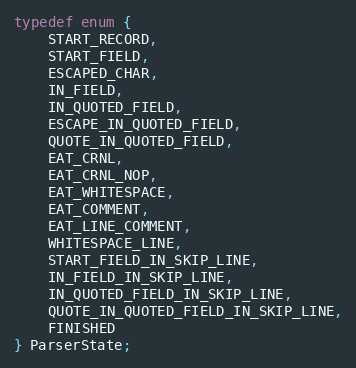
Language: C
typedef enum {
    START_RECORD,
    START_FIELD,
    ESCAPED_CHAR,
    IN_FIELD,
    IN_QUOTED_FIELD,
    ESCAPE_IN_QUOTED_FIELD,
    QUOTE_IN_QUOTED_FIELD,
    EAT_CRNL,
    EAT_CRNL_NOP,
    EAT_WHITESPACE,
    EAT_COMMENT,
    EAT_LINE_COMMENT,
    WHITESPACE_LINE,
    START_FIELD_IN_SKIP_LINE,
    IN_FIELD_IN_SKIP_LINE,
    IN_QUOTED_FIELD_IN_SKIP_LINE,
    QUOTE_IN_QUOTED_FIELD_IN_SKIP_LINE,
    FINISHED
} ParserState;